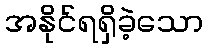
အနိုင်ရရှိခဲ့သော